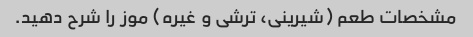
مشخصات طعم (شیرینی، ترشی و غیره) موز را شرح دهید.